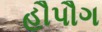
હૌપૌગ